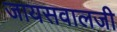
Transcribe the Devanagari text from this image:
जायसवालजी